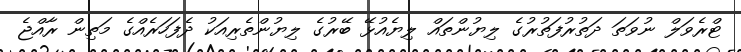
ޓްރެވަލް ނުވަތަ ދަތުރުފަތުރުގެ ލިޔުންތައް ލިޔެއުޅޭ ބޭރުގެ ލިޔުންތެރިއަކު ދެފަހަރެއްގެ މަތިން ރާއްޖެ